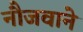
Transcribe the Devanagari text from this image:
नौजवाने